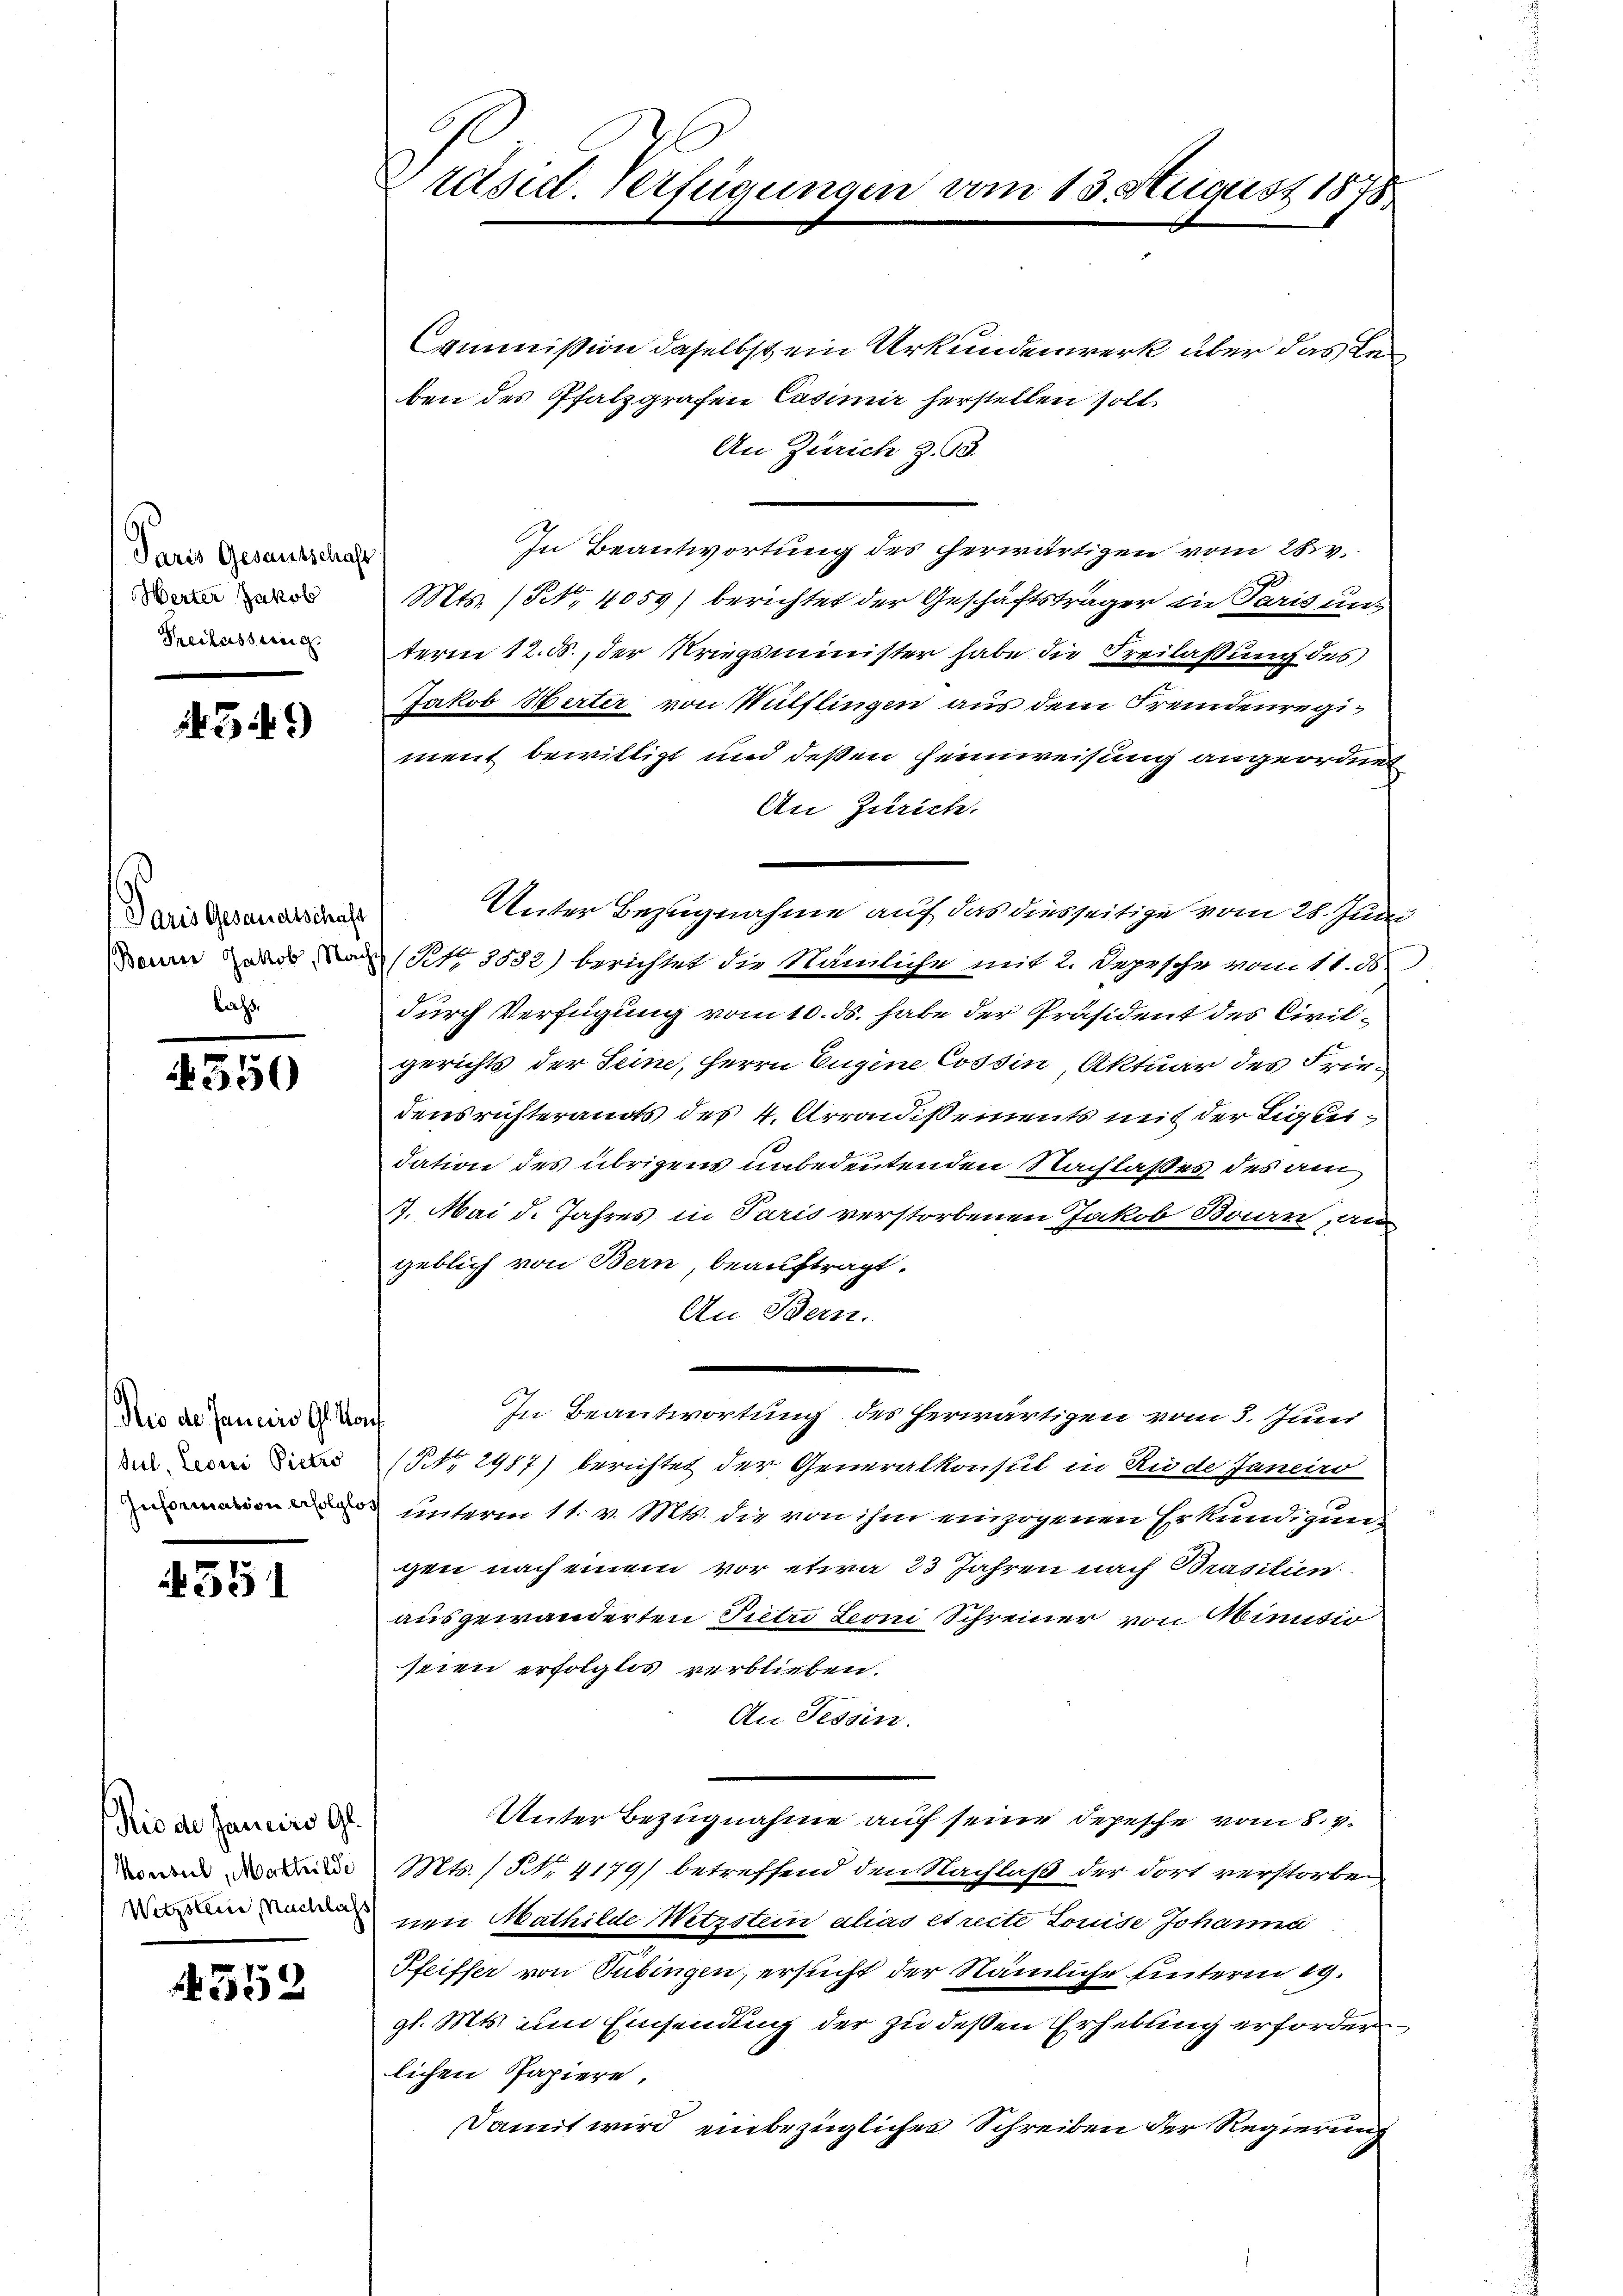
Paris Gesantschaft
Herter Jakob
Freilasserich.

143 f.)

Paris Gesandtschaft
lass,

4350

Rio de Janeiro Gla
Sul, Leoni Pietro
Information erfolglo

55

Rio de Janeiro Gl.
Konsul Mathilde
Wetzsteur, Nachlach

4552

Präsid. Verfügungen vom 15. August 1875

Commission daselbst ein Urkundenwerk über das Reben des Pfalzgrafen Casimir herstellen soll.
An Zürich z. 93.
In Beantwortung des herwärtigen vom 28. v.
Mts. (S. 4059) berichtet der Geschäftsträger die Paris unterm 12. ds., der Kriegsminister habe die Freilaßung des
Jakob Herter von Wülflingen aus dem Fremdenregiment bewilligt und deßen Heimweisung angeordnet
An Zürich.
Unter Bezugnahme auf das diesseitige vom 28. Juni
Dann und den (S. 3532) berichtet die Nämliche mit 2. Depesche vom 11. ds.
durch Verfügung vom 10. ds. habe der Präsident des Civilgerichts der Seine, Herrn Eugine Cossin, Aktuar des Friedensrichterands des 4. Arrondissements mit der Tigkeidation des übrigens unbedeutenden Nachlaßes des am
17. Mai d. Jahres in Paris verstorbenen Jakob Baar, an
geblich von Bern, beauftragt.
An Bern.
.
In Beantwortung des herwärtigen vom 3. Juni
s
(§.Nr. 2987) berichtet der Generalkonsul in Rede Janeiro
 unterm 11. v. Mts. die von ihm einzogenen Erkundigung
gen nach einem vor etwa 23 Jahren nach Brasilien
ausgewanderten Pietri Leoni Schreiner von Minisio
seien erfolglos verblieben.
An Tessin.
Unter Bezugnahme auf seine Depesche vom 8. 4.
Mts. / NNo. 4179) betreffend den Nachlaß der dort verstorben
nen Mathilde Wetzstein alias et recte Louise Johanna
Pfeiffer von Tübingen, ersucht der Nämliche unterm 19.
gl. Mts. um Einsendung der zu dessen Erhebung erfordern
lichen Papiere,
Damit wird einbezüglicher Schreiben der Regierung